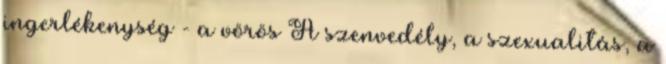
ingerlékenység - a vörös A szenvedély, a szexualitás, a